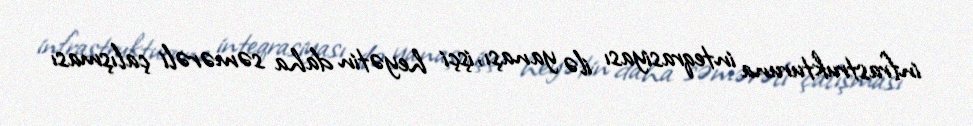
infrastrukturuna inteqrasiyası ilə yanaşı, işçi heyətin daha səmərəli çalışması